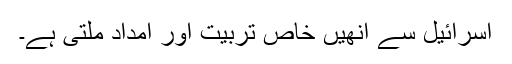
اسرائیل سے انھیں خاص تربیت اور امداد ملتی ہے۔